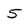
Character: 5